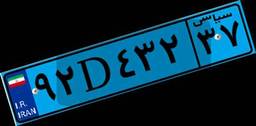
۵۰D۴۹۴۷۸